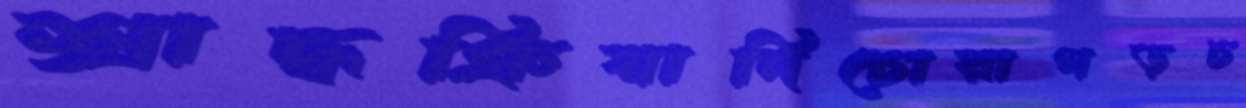
শ্রাদ্ধক্রিয়াদিচোরাগড়চ